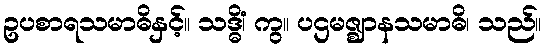
ဥပစာရသမာဓိနှင့်။ သဒ္ဓိံ၊ ကွ။ ပဌမဇ္ဈာနသမာဓိ၊ သည်။